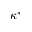
\kappa ^ { * }